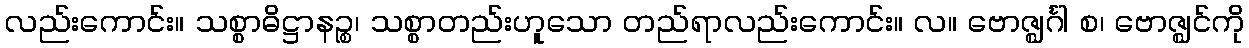
လည်းကောင်း။ သစ္စာဓိဋ္ဌာနဉ္စ၊ သစ္စာတည်းဟူသော တည်ရာလည်းကောင်း။ လ။ ဗောဇ္ဈင်္ဂါ စ၊ ဗောဇ္ဈင်ကို